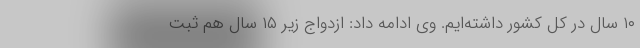
۱۰ سال در کل کشور داشته‌ایم. وی ادامه داد: ازدواج زیر ۱۵ سال هم ثبت